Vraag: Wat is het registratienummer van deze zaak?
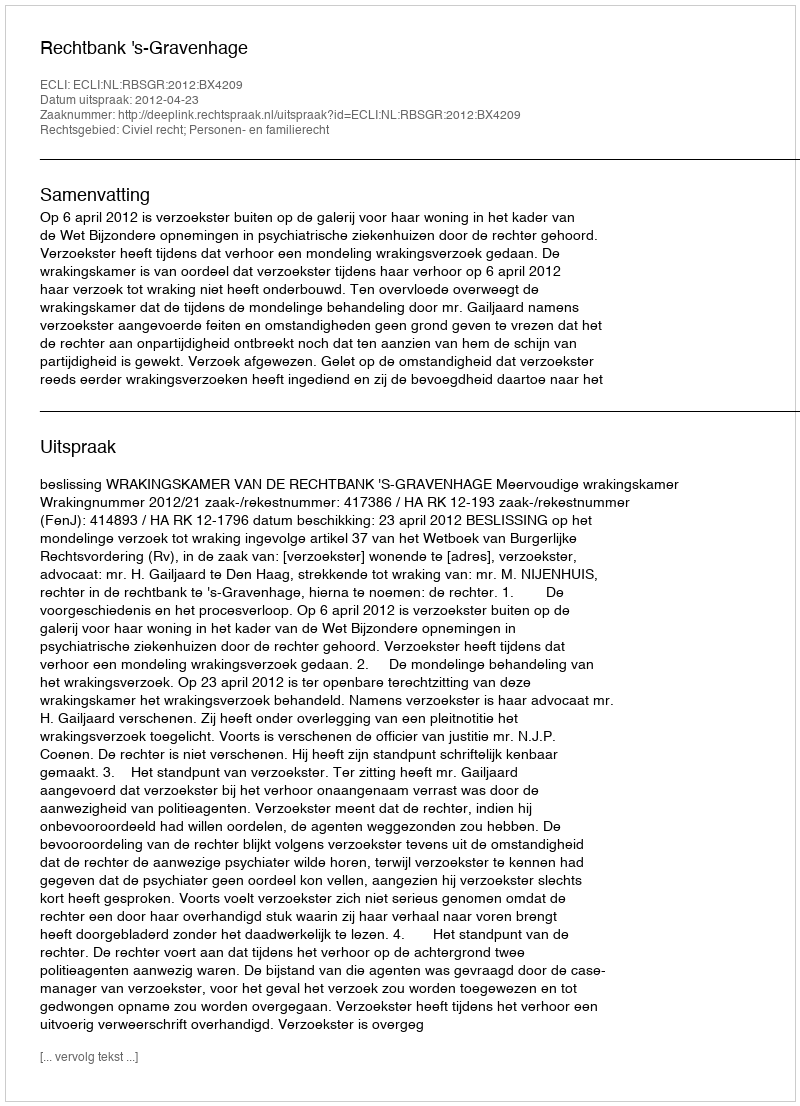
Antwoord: http://deeplink.rechtspraak.nl/uitspraak?id=ECLI:NL:RBSGR:2012:BX4209